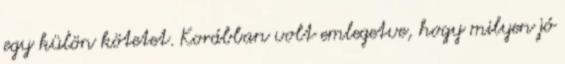
egy külön kötetet. Korábban volt emlegetve, hogy milyen jó